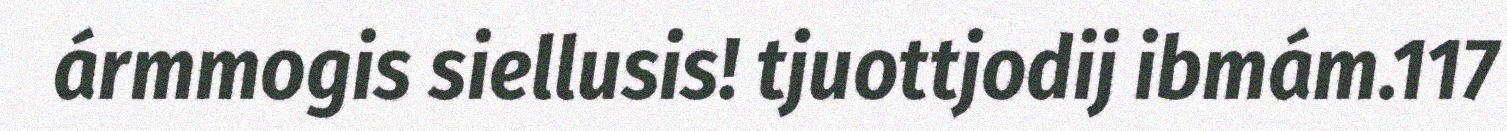
ármmogis siellusis! tjuottjodij ibmám.117